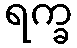
ရက္ခ